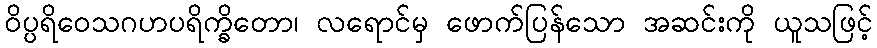
ဝိပ္ပရိဝေသဂဟပရိက္ခိတော၊ လရောင်မှ ဖောက်ပြန်သော အဆင်းကို ယူသဖြင့်